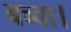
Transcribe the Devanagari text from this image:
बच्चा।